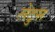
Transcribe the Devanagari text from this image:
लेटुस